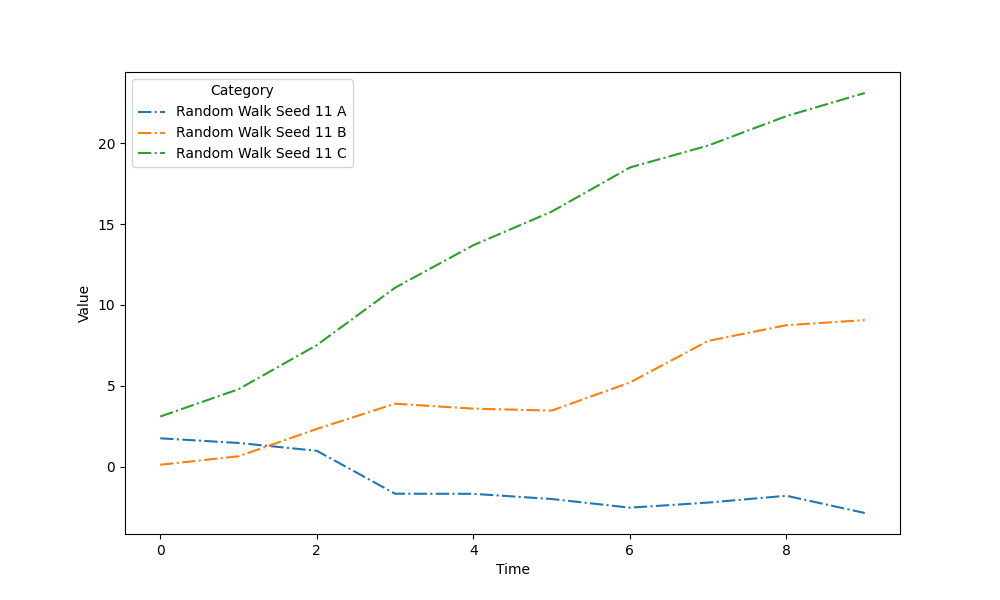
python, seaborn, lineplot, style='dashdot', marker='None'